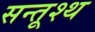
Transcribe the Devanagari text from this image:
सन्तूश्थ